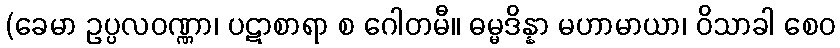
(ခေမာ ဥပ္ပလဝဏ္ဏာ၊ ပဋာစာရာ စ ဂေါတမီ။ ဓမ္မဒိန္နာ မဟာမာယာ၊ ဝိသာခါ စေဝ